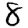
Digit: 8